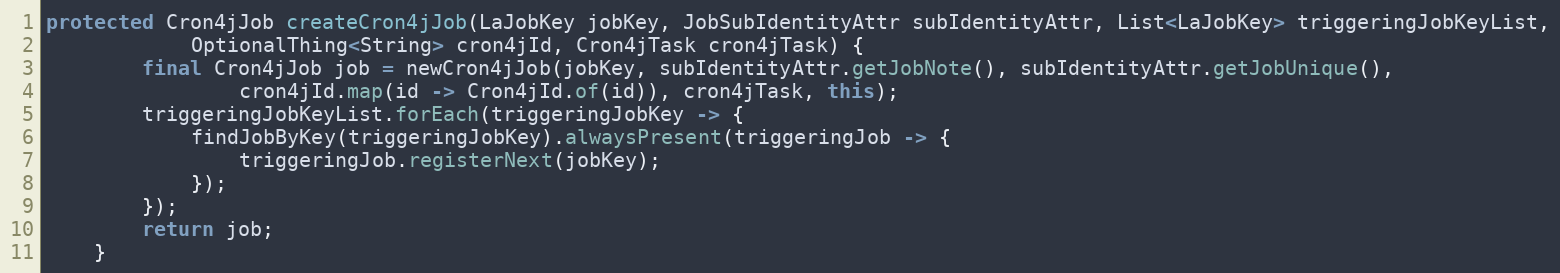
Language: Java
protected Cron4jJob createCron4jJob(LaJobKey jobKey, JobSubIdentityAttr subIdentityAttr, List<LaJobKey> triggeringJobKeyList,
            OptionalThing<String> cron4jId, Cron4jTask cron4jTask) {
        final Cron4jJob job = newCron4jJob(jobKey, subIdentityAttr.getJobNote(), subIdentityAttr.getJobUnique(),
                cron4jId.map(id -> Cron4jId.of(id)), cron4jTask, this);
        triggeringJobKeyList.forEach(triggeringJobKey -> {
            findJobByKey(triggeringJobKey).alwaysPresent(triggeringJob -> {
                triggeringJob.registerNext(jobKey);
            });
        });
        return job;
    }